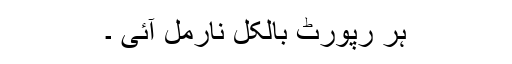
ہر رپورٹ بالکل نارمل آئی ۔